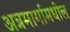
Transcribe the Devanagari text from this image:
अन्नमार्गामधील